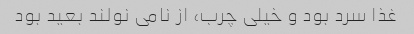
غذا سرد بود و خیلی چرب، از نامی نولند بعید بود